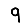
Digit: 9